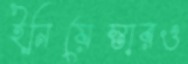
ইনিয়েস্তারও